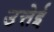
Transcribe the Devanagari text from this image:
उत्तेई